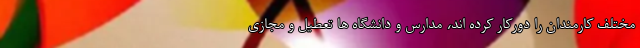
مختلف کارمندان را دورکار کرده اند، مدارس و دانشگاه ها تعطیل و مجازی